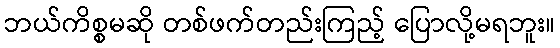
ဘယ်ကိစ္စမဆို တစ်ဖက်တည်းကြည့် ပြောလို့မရဘူး။